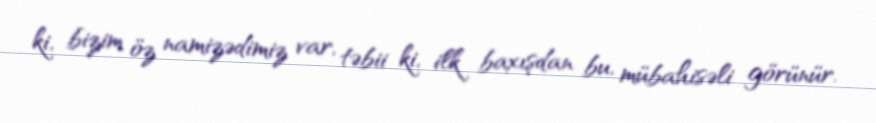
ki, bizim öz namizədimiz var, təbii ki, ilk baxışdan bu, mübahisəli görünür.